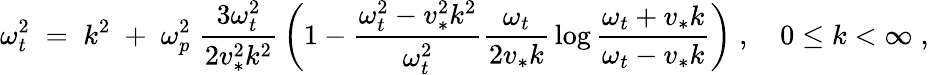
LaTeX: {\omega_{t}^{2}\; =\; k^{2}\; +\; \omega_{p}^{2}\; {\frac{3\omega_{t}^{2}}{2v_{*}^{2}k^{2}}}\left(1-{\frac{\omega_{t}^{2}-v_{*}^{2}k^{2}}{\omega_{t}^{2}}}{\frac{\omega_{t}}{2v_{*}k}}\log{\frac{\omega_{t}+v_{*}k}{\omega_{t}-v_{*}k}}\right)\; ,\quad 0\leq k<\infty\; ,}